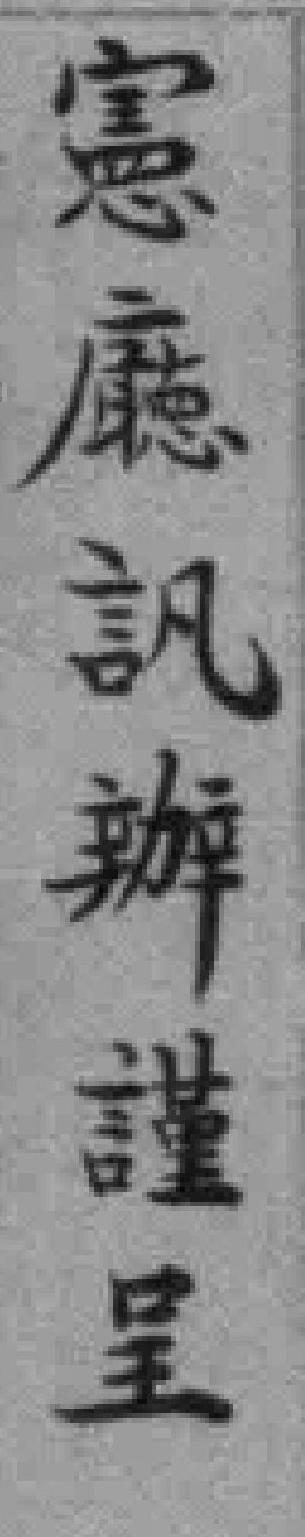
富廳訊辦謹呈